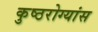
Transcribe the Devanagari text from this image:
कुष्ठरोग्यांस